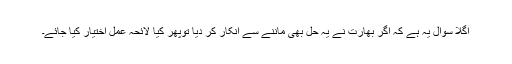
اگلا سوال یہ ہے کہ اگر بھارت نے یہ حل بھی ماننے سے انکار کر دیا توپھر کیا لائحہ عمل اختیار کیا جائے۔